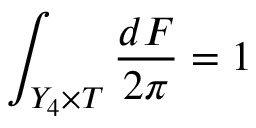
\int _ { Y _ { 4 } \times T } \frac { d F } { 2 \pi } = 1